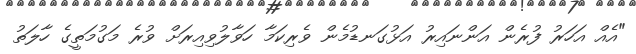
"އެއް އަހަރު ފުރެން އަންނައިރު އަޅުގަނޑުމެން ވެރިކަމާ ހަވާލުވިއިރަށް ވުރެ މަގުމަތީގެ ހާލަތު